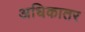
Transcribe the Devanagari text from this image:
अधिकातर